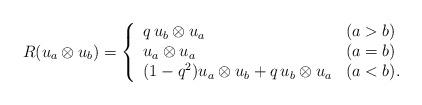
LaTeX: \begin{align*}R(u_{a}\otimes u_{b})=\left\{ \begin{array}{ll}q\, u_{b} \otimes u_{a} & (a>b) \\u_{a} \otimes u_{a} & (a=b) \\ (1-q^{2})u_{a} \otimes u_{b}+q\, u_{b}\otimes u_{a} & (a<b). \end{array}\right. \end{align*}